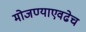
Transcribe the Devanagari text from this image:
मोजण्याएवढेच